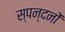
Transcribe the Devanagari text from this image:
स्पन्दनों